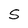
Character: S